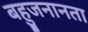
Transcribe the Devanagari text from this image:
बहुजनानता